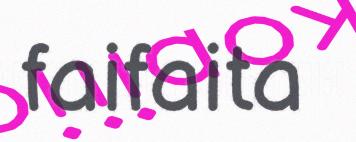
faifaita